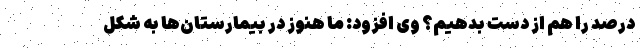
درصد را هم از دست بدهیم؟ وی افزود: ما هنوز در بیمارستان‌ها به شکل